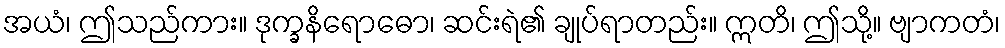
အယံ၊ ဤသည်ကား။ ဒုက္ခနိရောဓော၊ ဆင်းရဲ၏ ချုပ်ရာတည်း။ ဣတိ၊ ဤသို့။ ဗျာကတံ၊